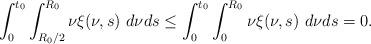
LaTeX: \begin{align*} \int_{0}^{t_{0}}\int_{R_{0}/2}^{R_{0}}\nu\xi(\nu,s)\ d\nu ds\leq \int_{0}^{t_{0}}\int_{0}^{R_{0}}\nu\xi(\nu,s)\ d\nu ds=0. \end{align*}